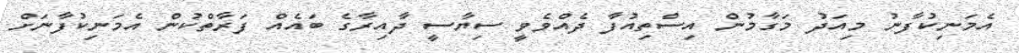
އެމަނިކުފާނު މިއަދު މަގާމުން އިސްތިއުފާ ދެއްވެވީ ސިޔާސީ ދާއިރާގެ ބައެއް ފަރާތްކުން އެމަނިކުފާނަށް